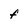
Character: f